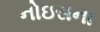
નોઇસના